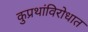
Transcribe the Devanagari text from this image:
कुप्रथांविरोधात